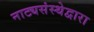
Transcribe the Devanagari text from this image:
नाट्यसंस्थेद्वारा